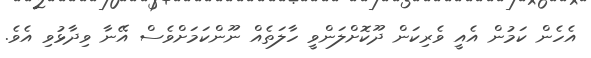
އެހެން ކަމުން އެއީ ވެރިކަން ދޫކޮށްލަންވީ ހާލަތެއް ނޫންކަމަށްވެސް އޭނާ ވިދާޅުވި އެވެ.